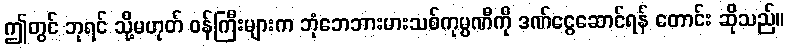
ဤတွင် ဘုရင် သို့မဟုတ် ဝန်ကြီးများက ဘုံဘေဘားမားသစ်ကုမ္ပဏီကို ဒဏ်ငွေဆောင်ရန် တောင်း ဆိုသည်။